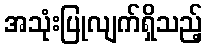
အသုံးပြုလျက်ရှိသည့်